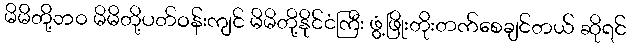
မိမိတို့ဘဝ မိမိတို့ပတ်ဝန်းကျင် မိမိတို့နိုင်ငံကြီး ဖွံ့ဖြိုးတိုးတက်စေချင်တယ် ဆိုရင်